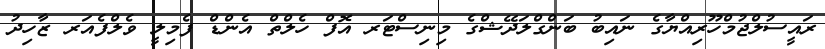
ރައީސުލްޖުމްހޫރިއްޔާގެ ނައިބު ބަންގްލަދޭޝްގެ މިނިސްޓަރ އޮފް ހެލްތް އެންޑް ފެމިލީ ވެލްފެއަރ ޒާހިދު